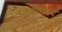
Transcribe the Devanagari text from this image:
विशेष्कर